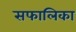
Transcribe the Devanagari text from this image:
सफालिका